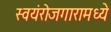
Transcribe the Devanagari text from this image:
स्वयंरोजगारामध्ये